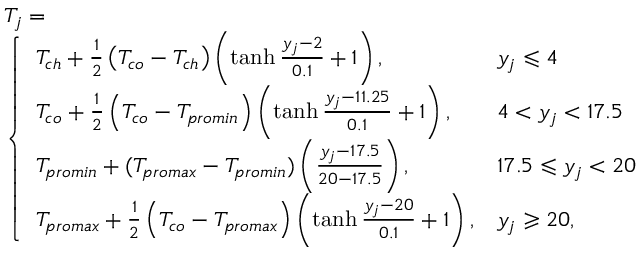
\begin{array} { r l } & { T _ { j } = } \\ & { \left\{ \begin{array} { l l } { T _ { c h } + \frac { 1 } { 2 } \left( T _ { c o } - T _ { c h } \right) \left( \operatorname { t a n h } { \frac { y _ { j } - 2 } { 0 . 1 } + 1 } \right) , } & { y _ { j } \leqslant 4 } \\ { T _ { c o } + \frac { 1 } { 2 } \left( T _ { c o } - T _ { p r o m i n } \right) \left( \operatorname { t a n h } { \frac { y _ { j } - 1 1 . 2 5 } { 0 . 1 } + 1 } \right) , } & { 4 < y _ { j } < 1 7 . 5 } \\ { T _ { p r o m i n } + ( T _ { p r o m a x } - T _ { p r o m i n } ) \left( \frac { y _ { j } - 1 7 . 5 } { 2 0 - 1 7 . 5 } \right) , } & { 1 7 . 5 \leqslant y _ { j } < 2 0 } \\ { T _ { p r o m a x } + \frac { 1 } { 2 } \left( T _ { c o } - T _ { p r o m a x } \right) \left( \operatorname { t a n h } { \frac { y _ { j } - 2 0 } { 0 . 1 } + 1 } \right) , } & { y _ { j } \geqslant 2 0 , } \end{array} \right. } \end{array}